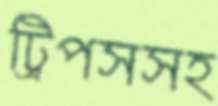
ট্রিপসসহ